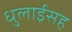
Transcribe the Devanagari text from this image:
धुलाईसह